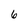
Character: 6